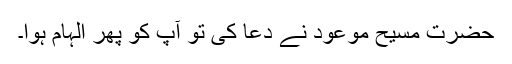
حضرت مسیح موعودؑ نے دعا کی تو آپؑ کو پھر الہام ہوا۔